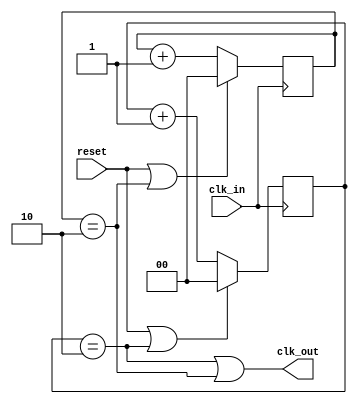

module div_three_clk(clk_in, reset, clk_out);

	input clk_in, reset;
	output clk_out;
	
	reg[1:0] pos_count, neg_count;
	
	assign clk_out = ((pos_count == 2) || (neg_count == 2));
	always @(posedge clk_in)
		if (reset || pos_count == 2)
			pos_count <= 0;
		else
			pos_count <= pos_count + 1;
	
	always @(negedge clk_in)
		if (reset || neg_count == 2)
			neg_count <= 0;
		else
			neg_count <= neg_count + 1;
			
endmodule